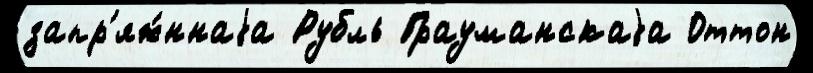
запр'яж́ннаjа Рубль Грауманскаjа Оттон